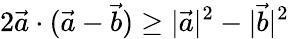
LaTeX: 2\vec{a}\cdot(\vec{a}-\vec{b})\geq|\vec{a}|^{2}-|\vec{b}|^{2}